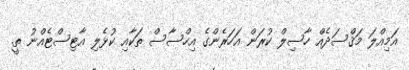
އަމިއްލަ މަޤްސަދެއް ހާސިލް ކުރަން އަހަރެންގެ އިހްސާސް ތަކާއި ކުޅެލި އާޓިސްޓެއްނު ތީ.